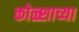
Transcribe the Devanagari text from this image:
कोळ्शाच्या